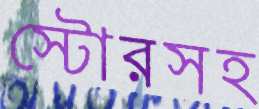
স্টোরসহ